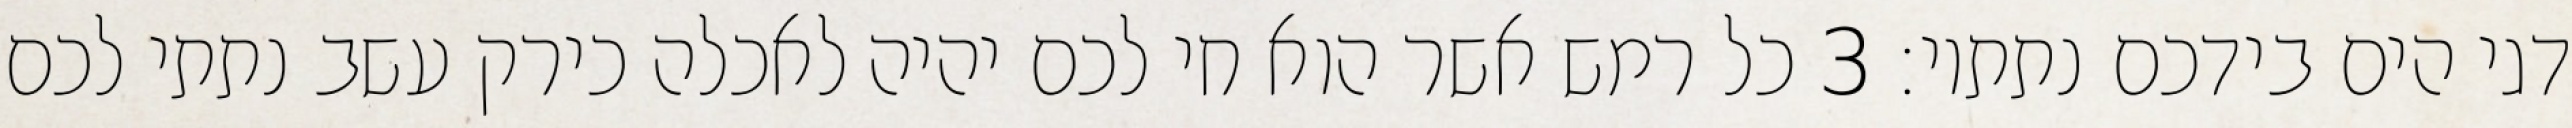
דגי הים בידכם נתתיו׃ ‎3‏ כל רמש אשר הוא חי לכם יהיה לאכלה כירק עשב נתתי לכם